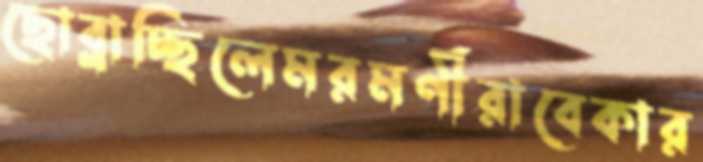
ছোব্‌লাচ্ছিলেমরমণীরাবেকার